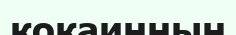
кокаинның